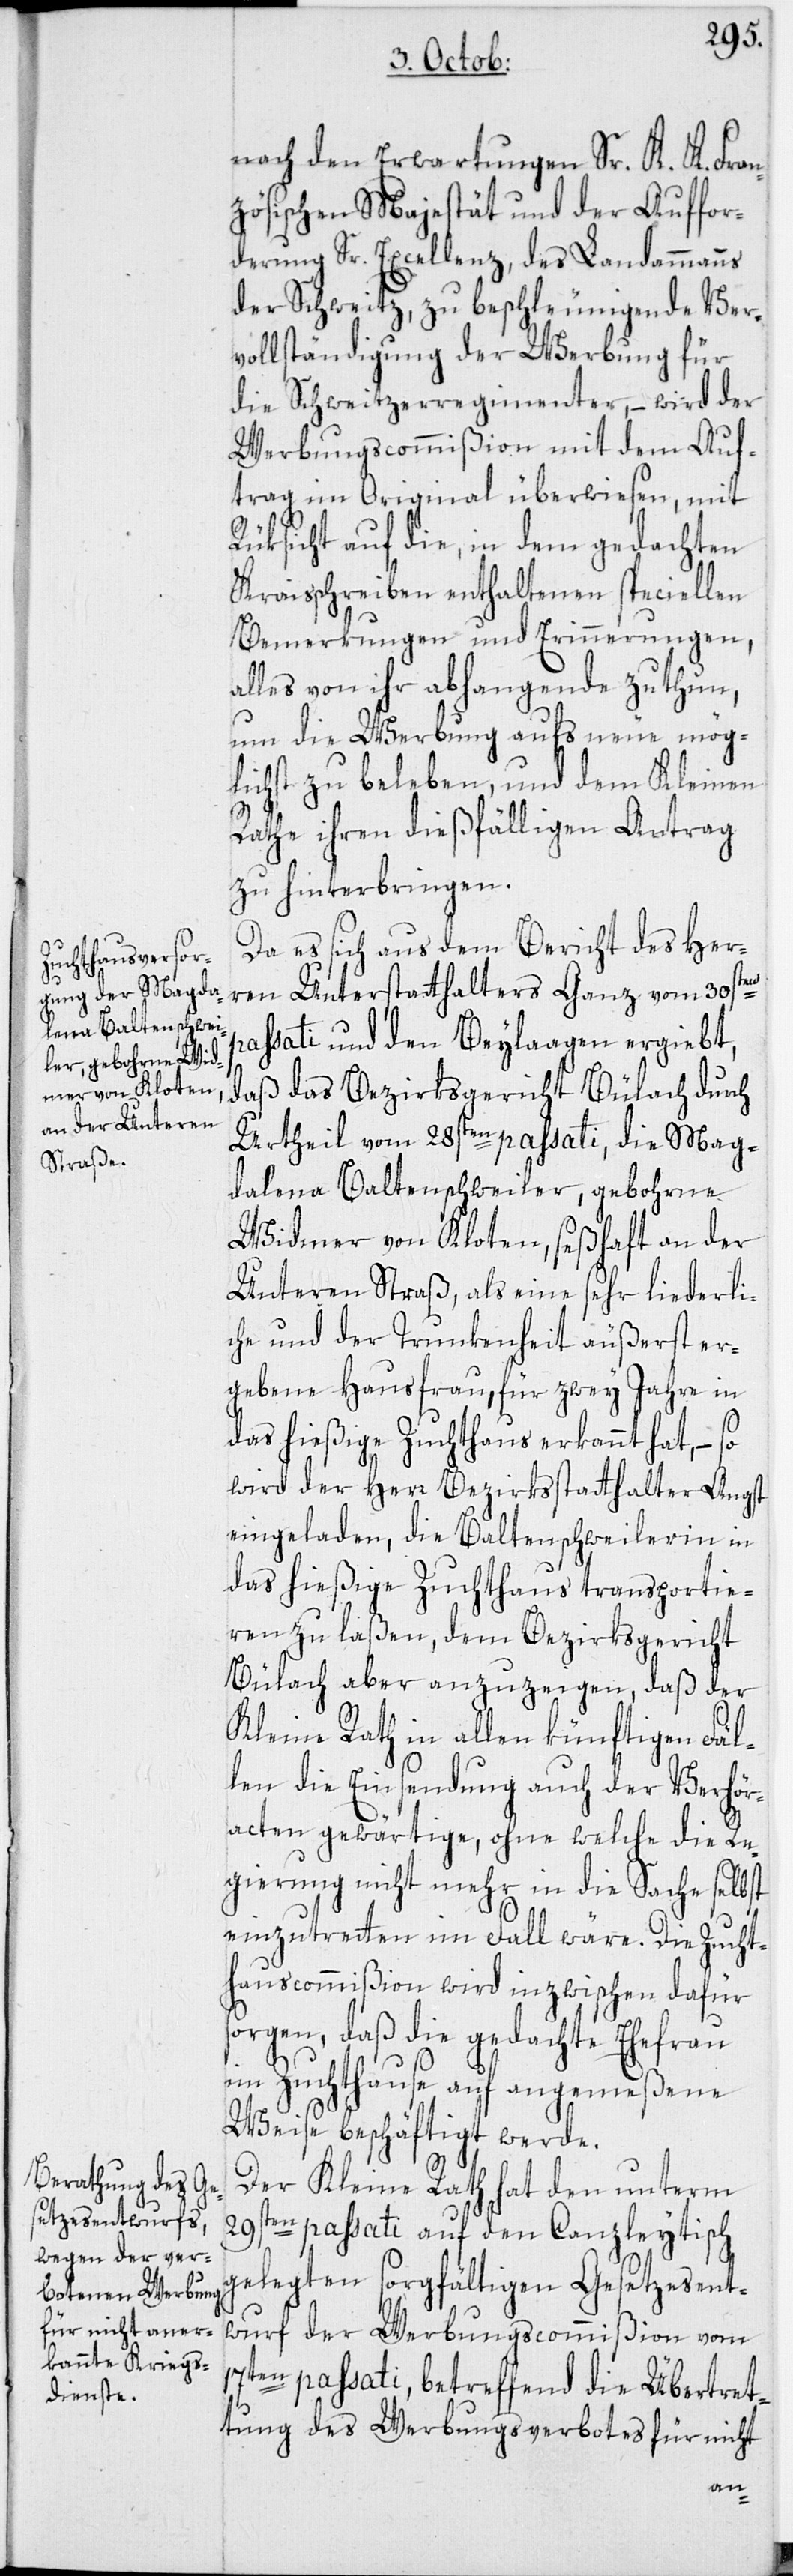
nach den Erwartungen Sr. K. K. Fra¬
nzösischen Majestät und der Auffor¬
derung Sr. Excellenz, des Landammanns
der Schweitz, zu beschleunigende Ver¬
vollständigung der Werbung für
die Schweitzerregimenter, – wird der
Werbungscommißion mit dem Auf¬
trag im Original überwiesen, mit
Rüksicht auf die, in dem gedachten
Kraisschreiben enthaltenen speciellen
Bemerkungen und Erinnerungen,
alles von ihr abhangende zu thun,
um die Werbung aufs neue mög¬
lichst zu beleben, und dem Kleinen
Rathe ihren dießfälligen Antrag
zu hinterbringen.
Da es sich aus dem Bericht des Her¬
ren Unterstatthalters Ganz vom 30sten
passati und den Beylaagen ergiebt,
daß das Bezirksgericht Bülach durch
Urtheil vom 28sten passati, die Mag¬
dalena Baltenschweiler, gebohrne
Widmer von Kloten, seßhaft an der
Unteren Straß, als eine sehr liederli¬
che und der Trunkenheit äußerst er¬
gebene Hausfrau, für zwey Jahre in
das hießige Zuchthaus erkannt hat, – so
wird der Herr Bezirksstatthalter Angst
eingeladen, die Baltenschweilerin in
das hießige Zuchthaus transportie¬
ren zu laßen, dem Bezirksgericht
Bülach aber anzuzeigen, daß der
Kleine Rath in allen künftigen Fäl¬
len die Einsendung auch der Verhör¬
acten gewärtige, ohne welche die Re¬
gierung nicht mehr in die Sache selbst
einzutretten im Fall wäre. Die Zucht¬
hauscommißion wird inzwischen dafür
sorgen, daß die gedachte Ehefrau
im Zuchthause auf angemeßene
Weise beschäftigt werde.
Der Kleine Rath hat den unterm
29sten passati auf den Canzleytisch
gelegten sorgfältigen Gesetzesent¬
wurf der Werbungscommißion vom
17ten passati, betreffend die Übertret¬
tung des Werbungsverbotes für nicht